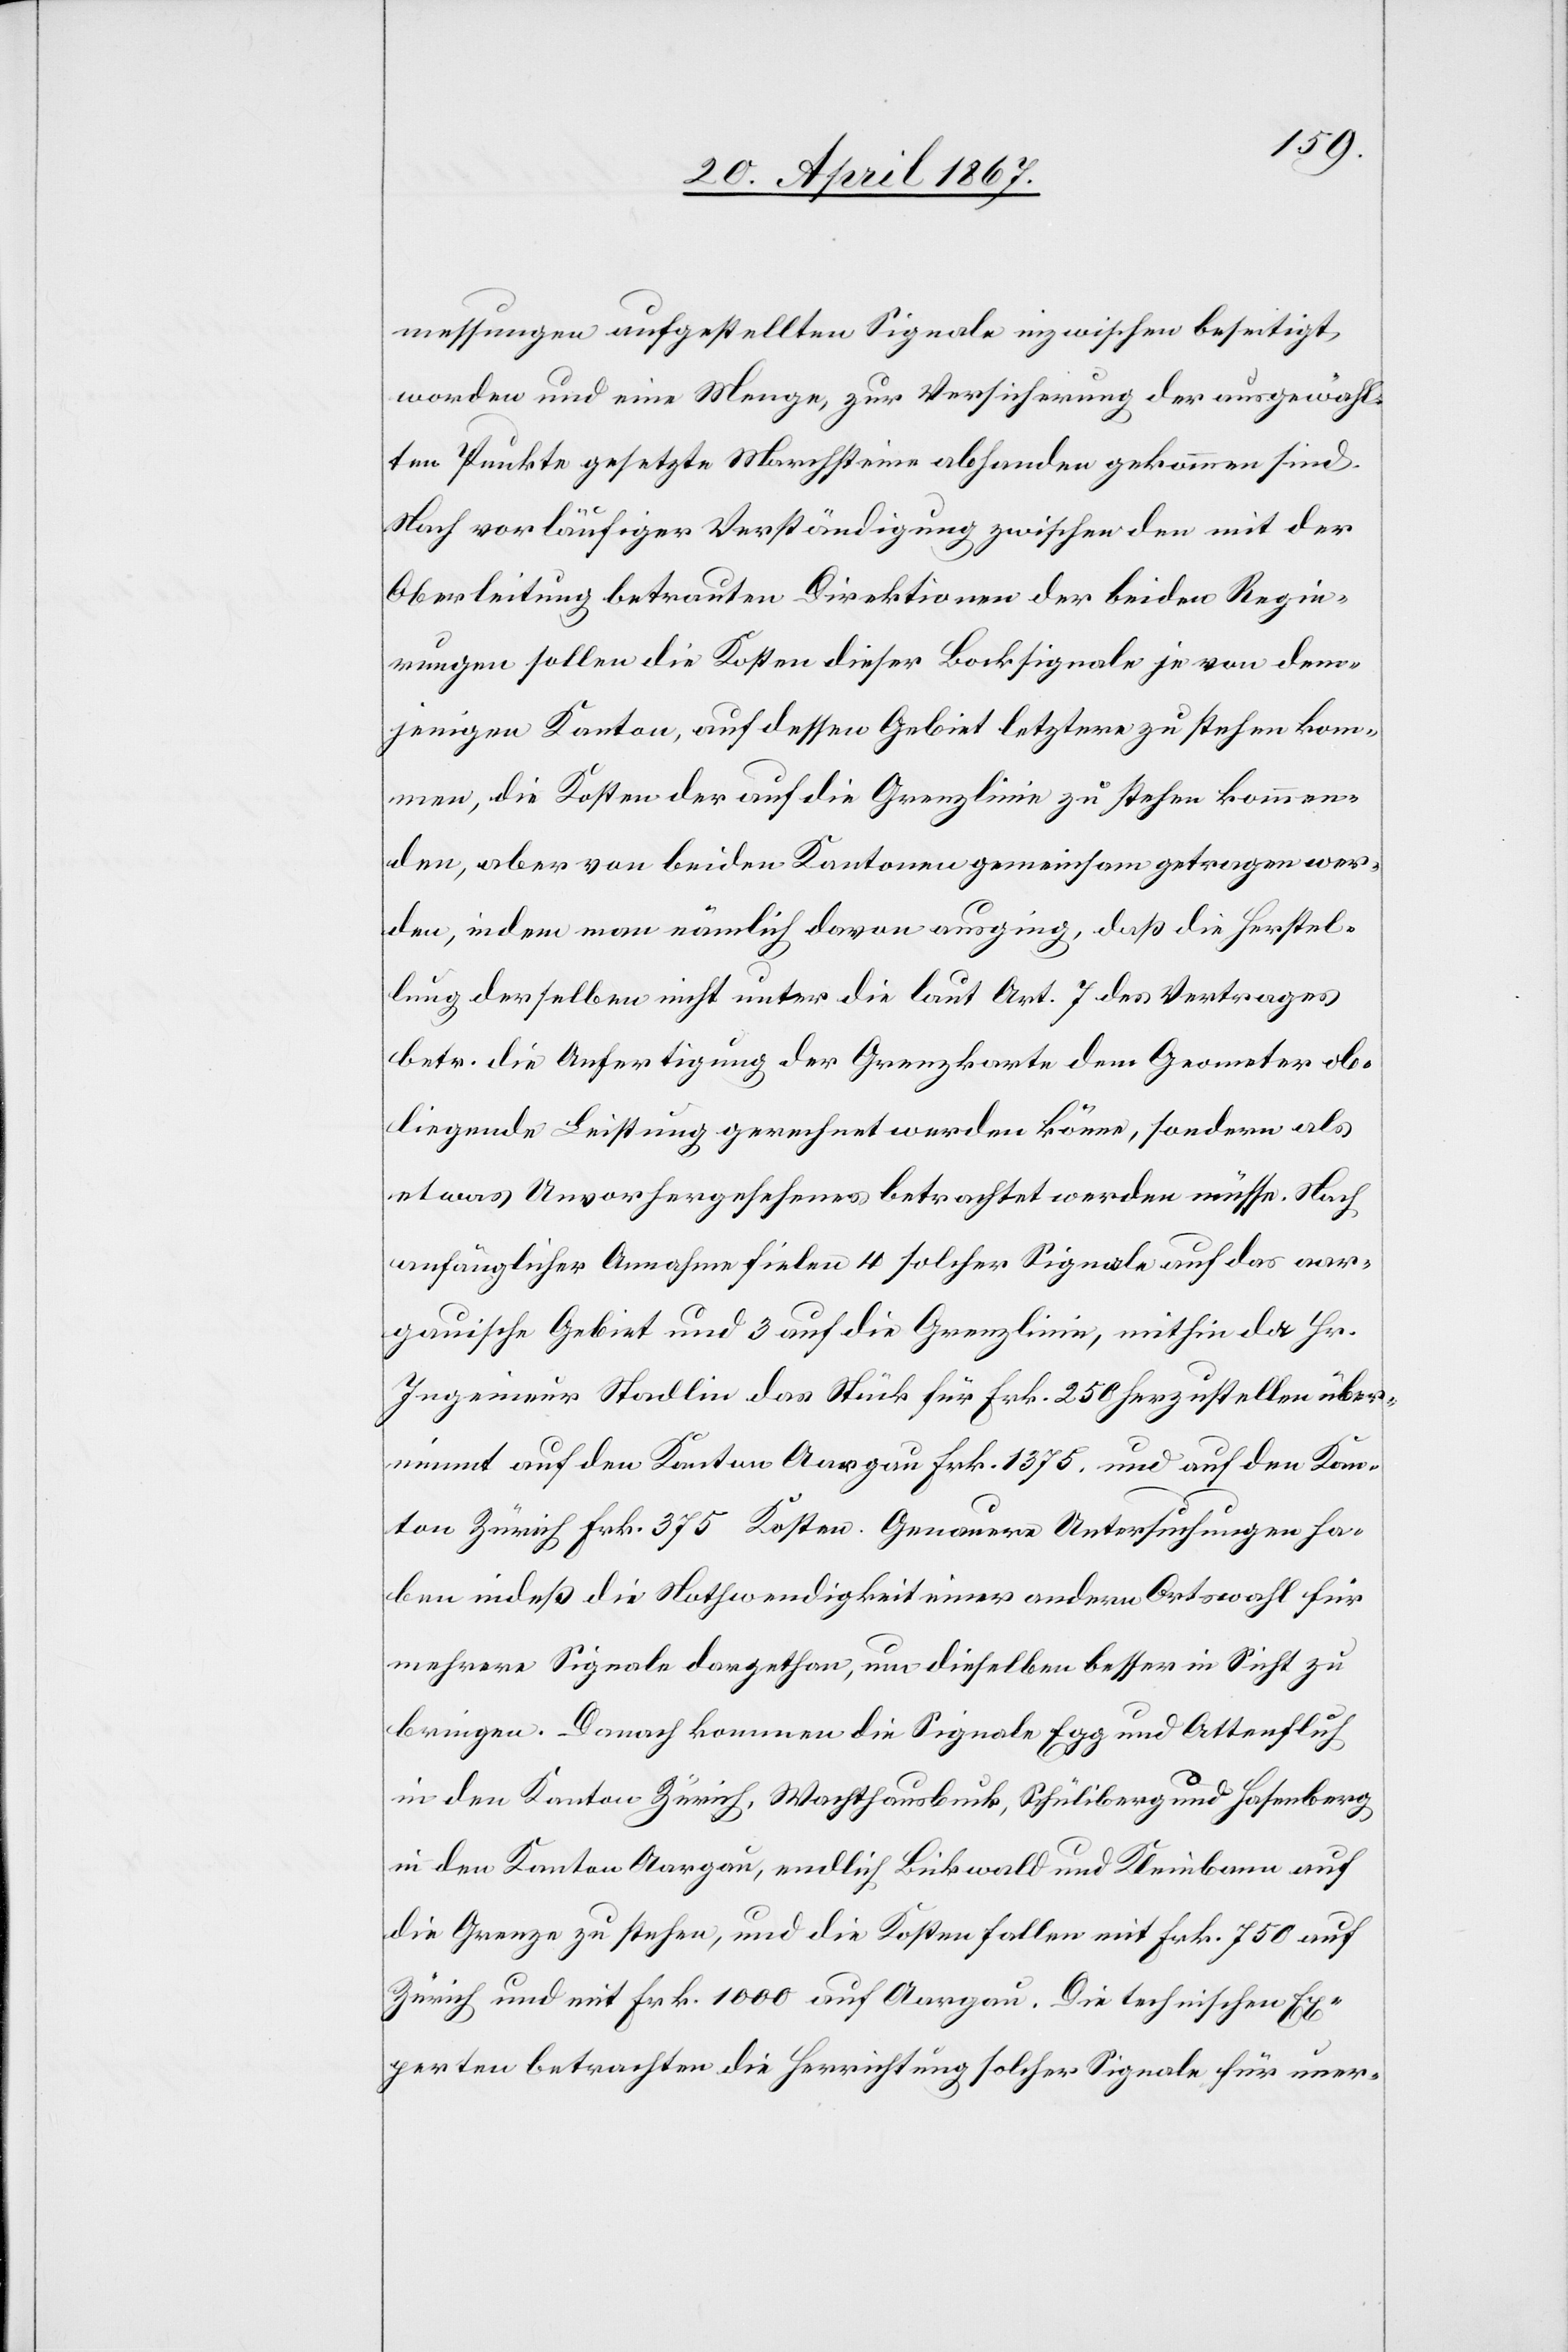
messungen aufgestellten Signale inzwischen beseitigt
worden und eine Menge, zur Versicherung der ausgewähl¬
ten Punkte gesetzte Marchsteine abhanden gekommen sind.
Nach vorläufiger Verständigung zwischen den mit der
Oberleitung betrauten Direktionen der beiden Regie¬
rungen sollen die Kosten dieser Bocksignale je von dem¬
jenigen Kanton, auf dessen Gebiet letztere zu stehen kom¬
men, die Kosten der auf die Grenzlinie zu stehen kommen¬
den, aber von beiden Kantonen gemeinsam getragen wer¬
den, indem man nämlich davon ausging, daß die Herstel¬
lung derselben nicht unter die laut Art. 7 des Vertrages
betr. die Anfertigung der Grenzkarte dem Geometer ob¬
liegende Leistung gerechnet werden könne, sondern als
etwas Unvorhergesehenes betrachtet werden müsse. Nach
anfänglicher Annahme fielen 4 solcher Signale auf das aar¬
gauische Gebiet und 3 auf die Grenzlinien, mithin der Hr.
Ingenieur Stadlin das Stück für Frk. 250 herzustellen über¬
nimmt auf den Kanton Aargau Frk. 1375 und auf den Kan¬
ton Zürich Frk. 375 Kosten. Genauere Untersuchungen ha¬
ben indeß die Nothwendigkeit einer andern Ortswahl für
mehrere Signale dargethan, um dieselben besser in Sicht zu
bringen. Danach kommen die Signale Egg und Ottenfluh
in den Kanton Zürich, Wachthausbuck, Schüliberg und Hasenberg
in den Kanton Aargau, endlich Bickwald und Kleinbann auf
die Grenze zu stehen, und die Kosten fallen mit Frk. 750 auf
Zürich und mit Frk. 1000 auf Aargau. Die technischen Ex¬
perten betrachten die Herrichtung solcher Signale für uner-